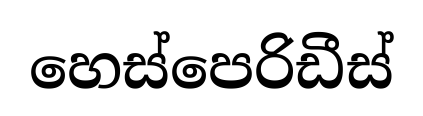
හෙස්පෙරිඩීස්